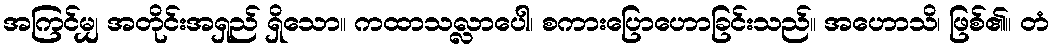
အကြင်မျှ အတိုင်းအရှည် ရှိသော။ ကထာသလ္လာပေါ၊ စကားပြောဟောခြင်းသည်။ အဟောသိ၊ ဖြစ်၏။ တံ